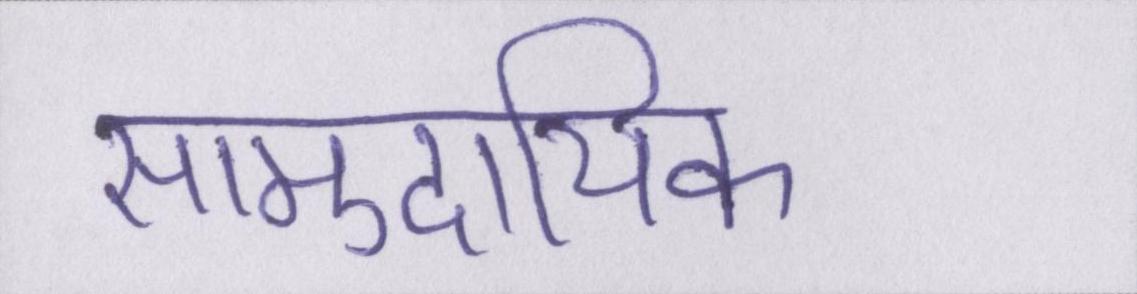
सामुदायिक